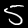
Digit: 5